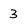
Character: 3